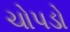
ચોપડો